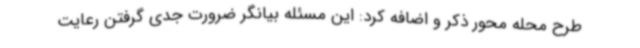
طرح محله محور ذکر و اضافه کرد: این مسئله بیانگر ضرورت جدی گرفتن رعایت